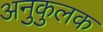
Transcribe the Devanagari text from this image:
अनुकुलक